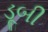
ડૂબી